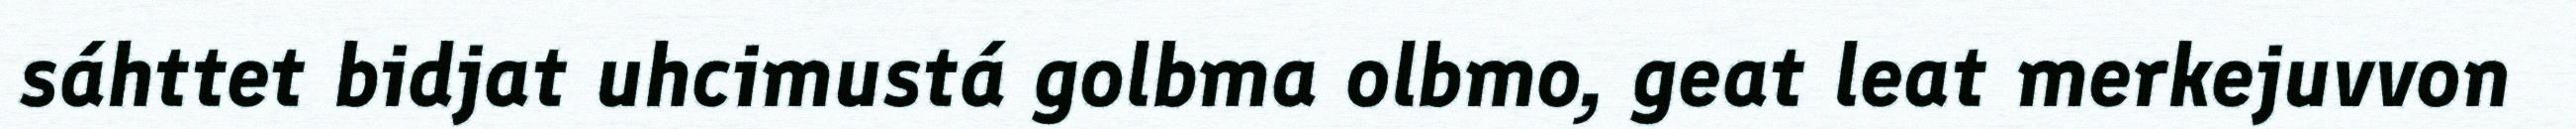
sáhttet bidjat uhcimustá golbma olbmo, geat leat merkejuvvon